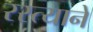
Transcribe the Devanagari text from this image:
रस्त्यानें